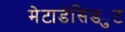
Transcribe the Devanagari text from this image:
मेटाडेसिड्युट